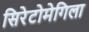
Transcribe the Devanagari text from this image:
सिरेटोमेगिला